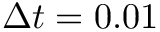
\Delta t = 0 . 0 1